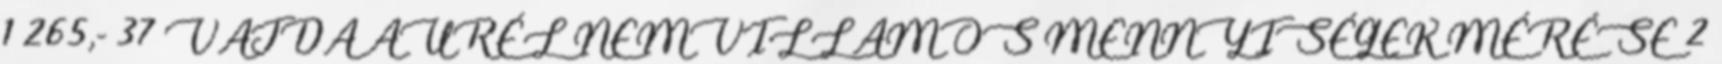
1 265,- 37 VAJDA AURÉL NEMVILLAMOS MENNYISÉGEK MÉRÉSE 2